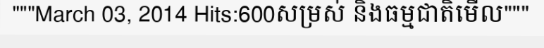
"""March 03, 2014 Hits:600សម្រស់ និងធម្មជាតិមើល"""